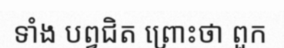
ទាំង បព្វជិត ព្រោះថា ពួក